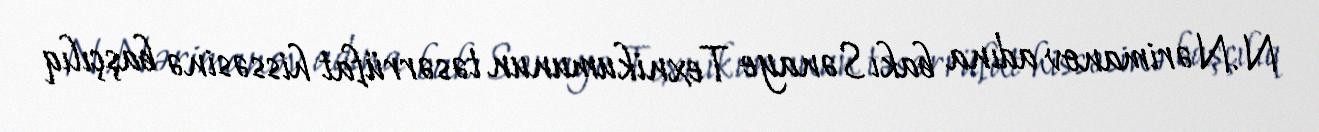
N.Nərimanov adına bakı Sənaye Texnikumunun təsərrüfat hissəsinə başçılıq